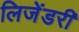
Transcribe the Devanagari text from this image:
लिजेंडरी